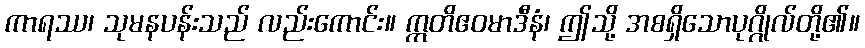
ကာရဿ၊ သုမနပန်းသည် လည်းကောင်း။ ဣတိဧဝမာဒီနံ၊ ဤသို့ အစရှိသောပုဂ္ဂိုလ်တို့၏။